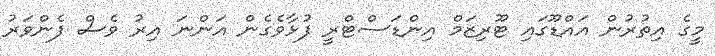
މީގެ އިތުރުން އައްޑޫގައި ޓޫރިޒަމް އިންޑަސްޓްރީ ފުޅާވެގެން އަންނަ އިރު ވެސް ފެންވަރު